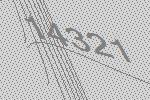
14321